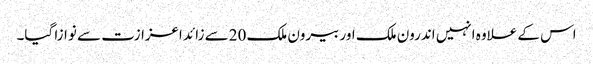
اس کے علاوہ انہیں اندرون ملک اور بیرون ملک 20سے زائد اعزازت سے نوازا گیا۔